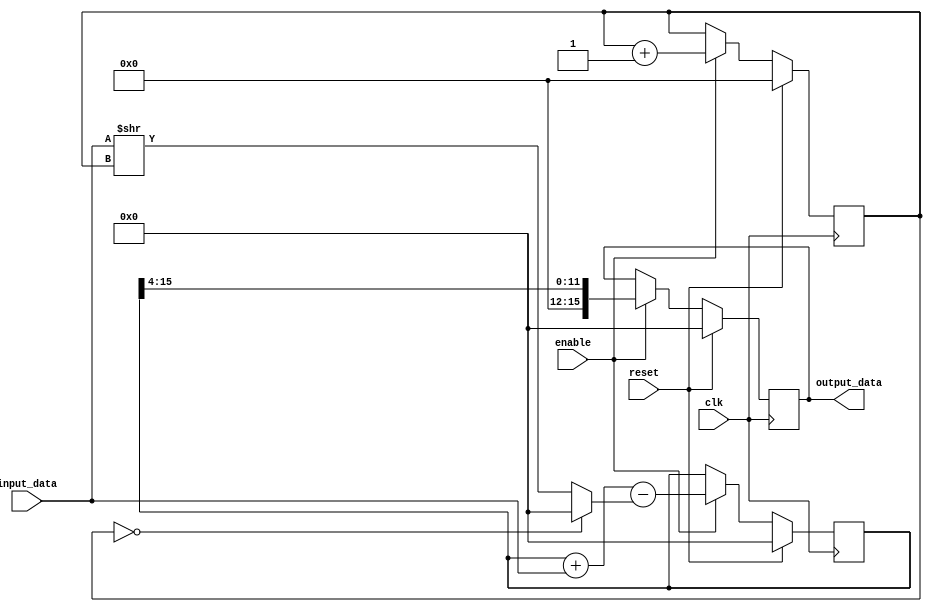
module moving_average_accumulator(
    input wire clk,
    input wire reset,
    input wire [15:0] input_data,
    input wire enable,
    output reg [15:0] output_data
);

reg [15:0] sum = 0;
reg [15:0] average = 0;
reg [3:0] count = 0;

always @(posedge clk) begin
    if (reset) begin
        sum <= 0;
        average <= 0;
        count <= 0;
    end else if (enable) begin
        sum <= sum + input_data - (count == 0 ? 0 : (input_data >> count));
        average <= sum >> 4;
        count <= count + 1;
    end
end

assign output_data = average;

endmodule